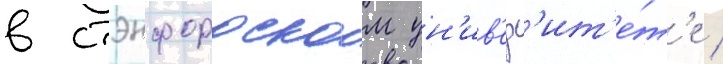
в стэнфордском ун'ив'ерс'ит'е́т'е /